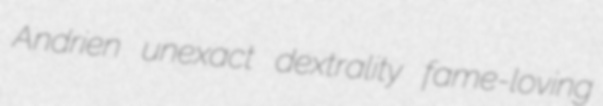
Andrien unexact dextrality fame-loving